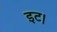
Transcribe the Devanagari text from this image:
इट।